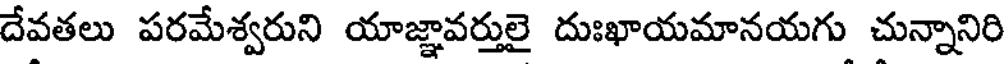
దేవతలు పరమేశ్వరుని యాజ్ఞావర్తులై దుఃఖాయమానయగు చున్నానిరి